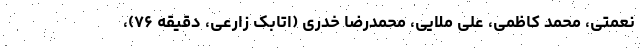
نعمتی، محمد کاظمی، علی ملایی، محمدرضا خدری (اتابک زارعی، دقیقه ۷۶)،